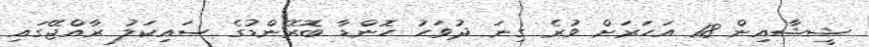
ޝީޝާއިން 18 އަހަރަށް ވުރެ ގިނަ ދުވަހު ހޮންޑާ ބޮރޭންޑުގެ ސައިކަލު ރާއްޖޭގައި